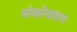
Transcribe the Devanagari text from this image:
संकोचवश